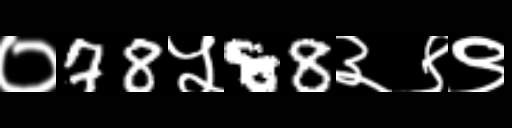
Text: ०78५88३९९